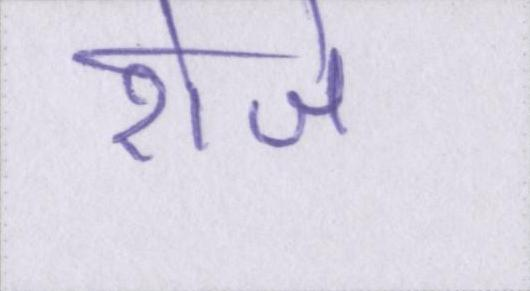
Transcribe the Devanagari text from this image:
रोजे